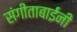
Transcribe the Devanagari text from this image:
संगीताबाईंनी